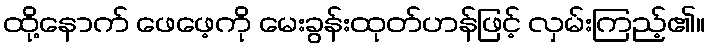
ထို့နောက် ဖေဖေ့ကို မေးခွန်းထုတ်ဟန်ဖြင့် လှမ်းကြည့်၏။